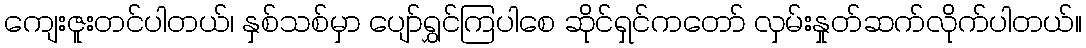
ကျေးဇူးတင်ပါတယ်၊ နှစ်သစ်မှာ ပျော်ရွှင်ကြပါစေ ဆိုင်ရှင်ကတော် လှမ်းနှုတ်ဆက်လိုက်ပါတယ်။